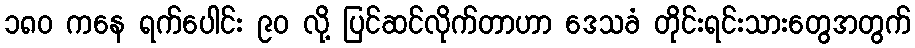
၁၈၀ ကနေ ရက်ပေါင်း ၉၀ လို့ ပြင်ဆင်လိုက်တာဟာ ဒေသခံ တိုင်းရင်းသားတွေအတွက်